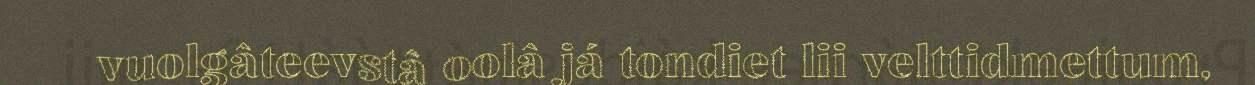
vuolgâteevstâ oolâ já tondiet lii velttidmettum,